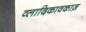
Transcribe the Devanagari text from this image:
व्लादिकावकाज़